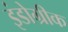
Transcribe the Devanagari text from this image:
इंंडोग्रीक